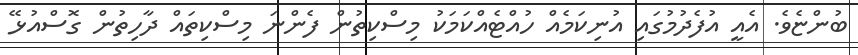
ބުންޏެވެ. އެއީ އުފެދުމުގައި އުނިކަމެއް ހުއްޓެއްކަމަކު މިސްކިތުން ފެންނަ މިސްކިތައް ދާހިތުން ގޮސްއުޅޭ